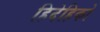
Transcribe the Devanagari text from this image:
हिदेहिको